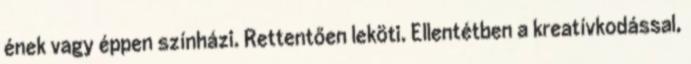
ének vagy éppen színházi. Rettentően leköti. Ellentétben a kreatívkodással,